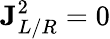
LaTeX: \mathbf{J}_{L/R}^{2}=0